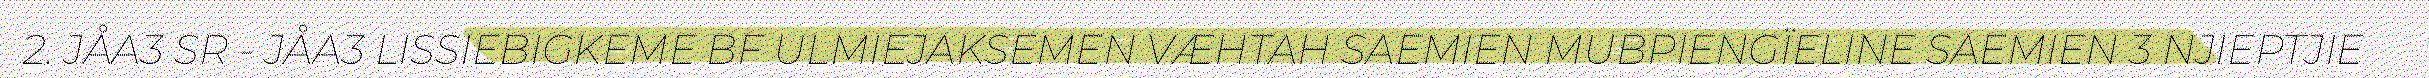
2. JÅA3 SR - JÅA3 LISSIEBIGKEME BF ULMIEJAKSEMEN VÆHTAH SAEMIEN MUBPIENGÏELINE SAEMIEN 3 NJIEPTJIE